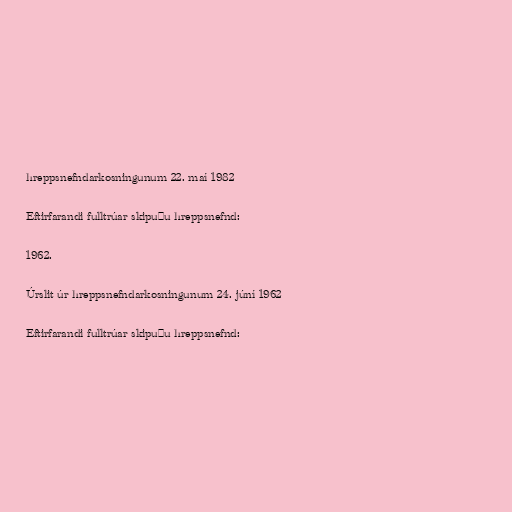
hreppsnefndarkosningunum 22. maí 1982

Eftirfarandi fulltrúar skipuðu hreppsnefnd:

1962.

Úrslit úr hreppsnefndarkosningunum 24. júní 1962

Eftirfarandi fulltrúar skipuðu hreppsnefnd: